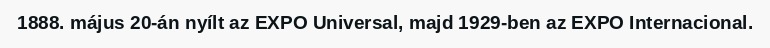
1888. május 20-án nyílt az EXPO Universal, majd 1929-ben az EXPO Internacional.